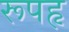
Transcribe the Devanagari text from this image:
रूपहृ